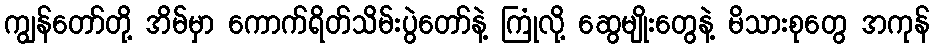
ကျွန်တော်တို့ အိမ်မှာ ကောက်ရိတ်သိမ်းပွဲတော်နဲ့ ကြုံလို့ ဆွေမျိုးတွေနဲ့ မိသားစုတွေ အကုန်